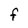
Character: F